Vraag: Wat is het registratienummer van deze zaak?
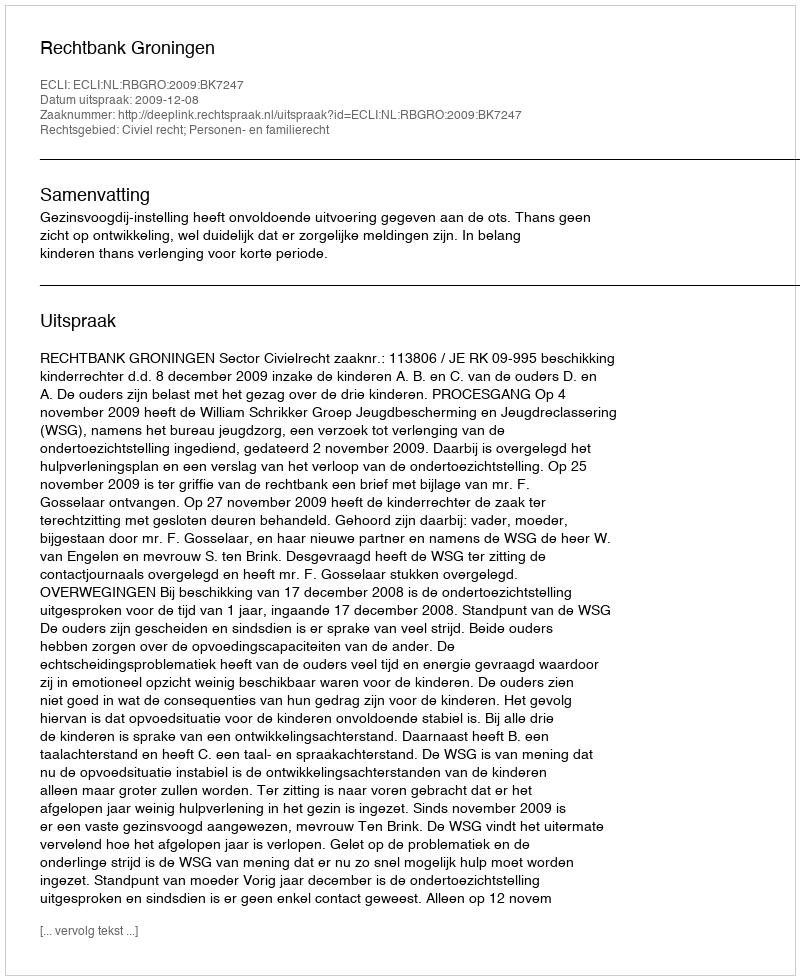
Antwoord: http://deeplink.rechtspraak.nl/uitspraak?id=ECLI:NL:RBGRO:2009:BK7247